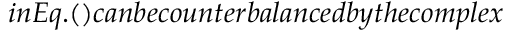
i n E q . ( ) c a n b e c o u n t e r b a l a n c e d b y t h e c o m p l e x